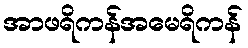
အာဖရိကန်အမေရိကန်